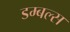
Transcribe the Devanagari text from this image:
डम्बल्स